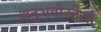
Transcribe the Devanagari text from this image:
अनुभवोस्तेजा